Vaccination in Bombay 1924-1928 - 1924-1928
Year: 1924
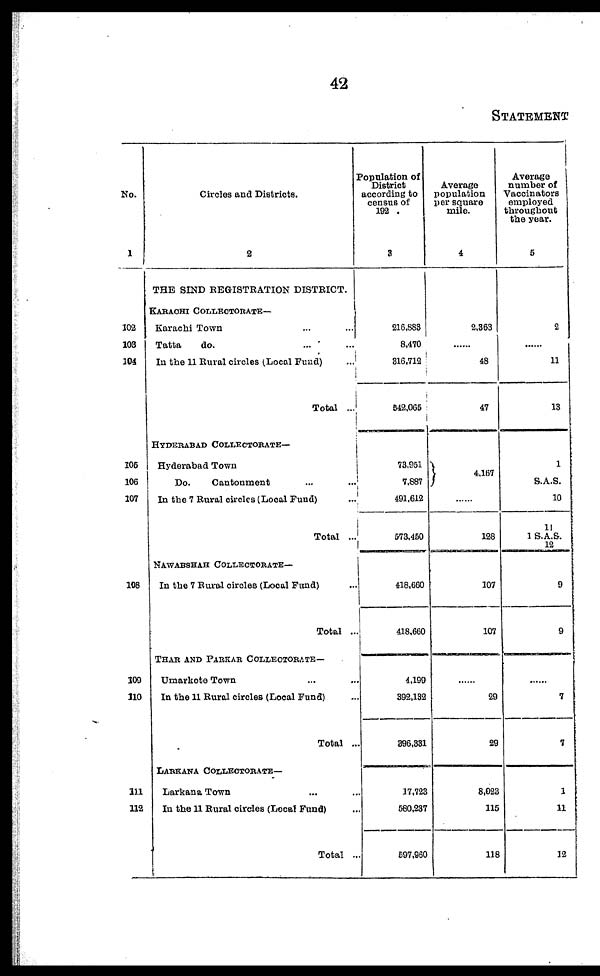
42
STATEMENT
No.
1
102
103
104
105
106
107
108
109
110
111
112
Circles and Districts.
2
THE SIND REGISTRATION DISTRICT.
KARACHI COLLECTORATE—
Karachi Town ... ...
Tatta
do. ... ...
In the 11 Rural circles (Local Fund)
...
Total ...
HYDERABAD COLLECTORATE—
Hyderabad Town
Do.
Cantonment ... ...
In the 7 Rural circles (Local Fund) ...
Total ...
NAWABSHAH COLLECTORATE—
In the 7 Rural circles (Local Fund) ...
Total ...
THAR AND PARKAR COLLECTORATE—
Umarkote Town ... ...
In the 11 Rural circles (Local Fund) ...
Total ...
LARKANA COLLECTORATE—
Larkana Town ... ...
In the 11 Rural circles (Local Fund) ...
Total ...
Population of
District
according to
census of
192 .
3
216,883
8,470
316,712
542,065
73,951
7,887
491,612
573,450
418,660
418,660
4,199
392,132
396,331
17,723
580,237
597,960
Average
population
per square
mile.
4
2,363
......
48
47
4,167
......
128
107
107
......
29
29
8,023
115
118
Average
number of
Vaccinators
employed
throughout
the year.
5
2
......
11
13
1
S.A.S.
10
11
1 S.A.S.
12
9
9
......
7
7
1
11
12